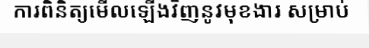
ការពិនិត្យមើលឡើងវិញនូវមុខងារ សម្រាប់